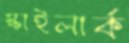
স্কাইলার্ক